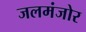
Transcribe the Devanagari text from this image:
जलमंजोर